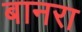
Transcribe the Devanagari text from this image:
बानरा